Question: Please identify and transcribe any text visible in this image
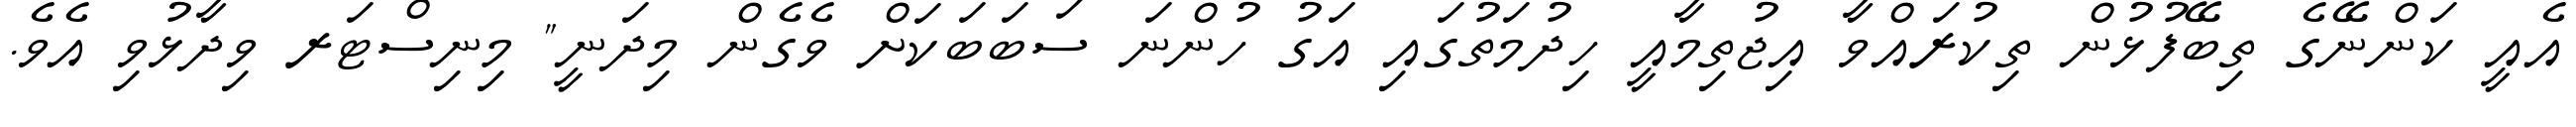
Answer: އެއީ ކަންނޭގެ ތިބޭފުޅުން ތިކުރައްވާ އިޖުތިމާއީ ހިދުމަތުގައި އަގު ހުންނަ ސަބަބަކަށް ވެގެން މިދަނީ" މިނިސްޓަރ ވިދާޅުވި އެވެ.